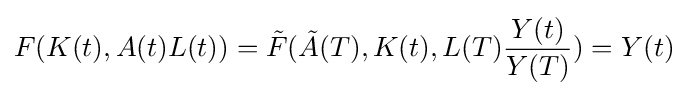
F(K(t),A(t)L(t))={\tilde {F}}({\tilde {A}}(T),K(t),L(T){\frac {Y(t)}{Y(T)}})=Y(t)